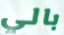
بالي